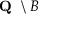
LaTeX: { \textbf { Q } } \setminus B